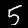
Label: 5